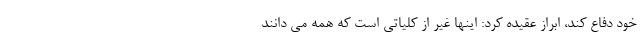
خود دفاع کند، ابراز عقیده کرد: اینها غیر از کلیاتی است که همه می دانند